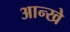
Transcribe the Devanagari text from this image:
आन्खे